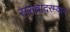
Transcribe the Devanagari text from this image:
सरावादरम्यान